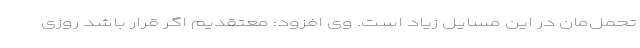
تحمل‌مان در این مسایل زیاد است. وی افزود: معتقدیم اگر قرار باشد روزی